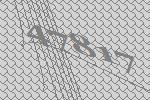
47817